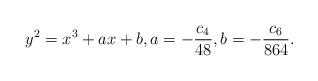
LaTeX: \begin{align*} y^2 = x^3 + a x + b,a = -\frac{c_4}{48}, b = -\frac{c_6}{864}.\end{align*}